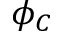
\phi _ { C }